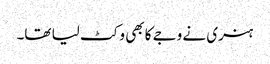
ہنری نے وجے کا بھی وکٹ لیا تھا۔